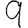
Digit: 9